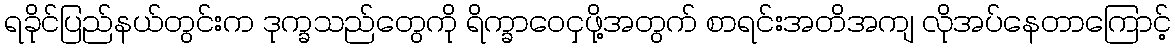
ရခိုင်ပြည်နယ်တွင်းက ဒုက္ခသည်တွေကို ရိက္ခာဝေငှဖို့အတွက် စာရင်းအတိအကျ လိုအပ်နေတာကြောင့်